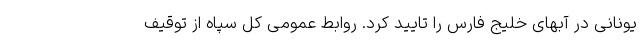
یونانی در آبهای خلیج فارس را تایید کرد. روابط عمومی کل سپاه از توقیف